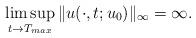
LaTeX: \begin{align*}\limsup_{t \to T_{max}}\| u(\cdot,t;u_0)\|_{\infty}=\infty.\end{align*}